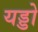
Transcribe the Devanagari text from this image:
यड्डो